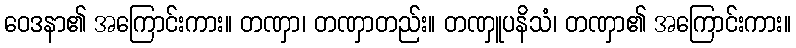
ဝေဒနာ၏ အကြောင်းကား။ တဏှာ၊ တဏှာတည်း။ တဏှူပနိသံ၊ တဏှာ၏ အကြောင်းကား။